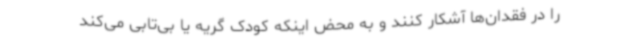
را در فقدان‌ها آشکار کنند و به محض اینکه کودک گریه یا بی‌تابی می‌کند